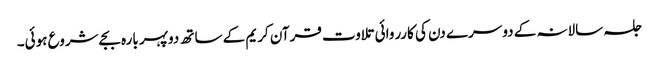
جلسہ سالانہ کے دوسرے دن کی کارروائی تلاوت قرآن کریم کے ساتھ دوپہر بارہ بجےشروع ہوئی۔